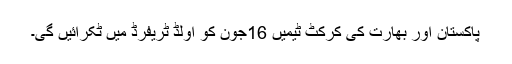
پاکستان اور بھارت کی کرکٹ ٹیمیں 16جون کو اولڈ ٹریفرڈ میں ٹکرائیں گی۔